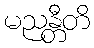
မညန္တီတိ